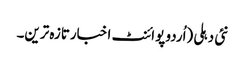
نئی دہلی (اُردو پوائنٹ اخبارتازہ ترین۔